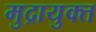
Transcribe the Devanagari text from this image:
मुद्रायुक्त